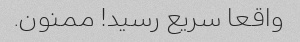
واقعا سریع رسید! ممنون.